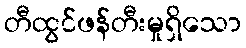
တီထွင်ဖန်တီးမှုရှိသော